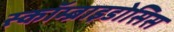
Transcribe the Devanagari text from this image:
स्कॉम्ब्राइडोसिस